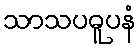
သာသပဓူပနံ